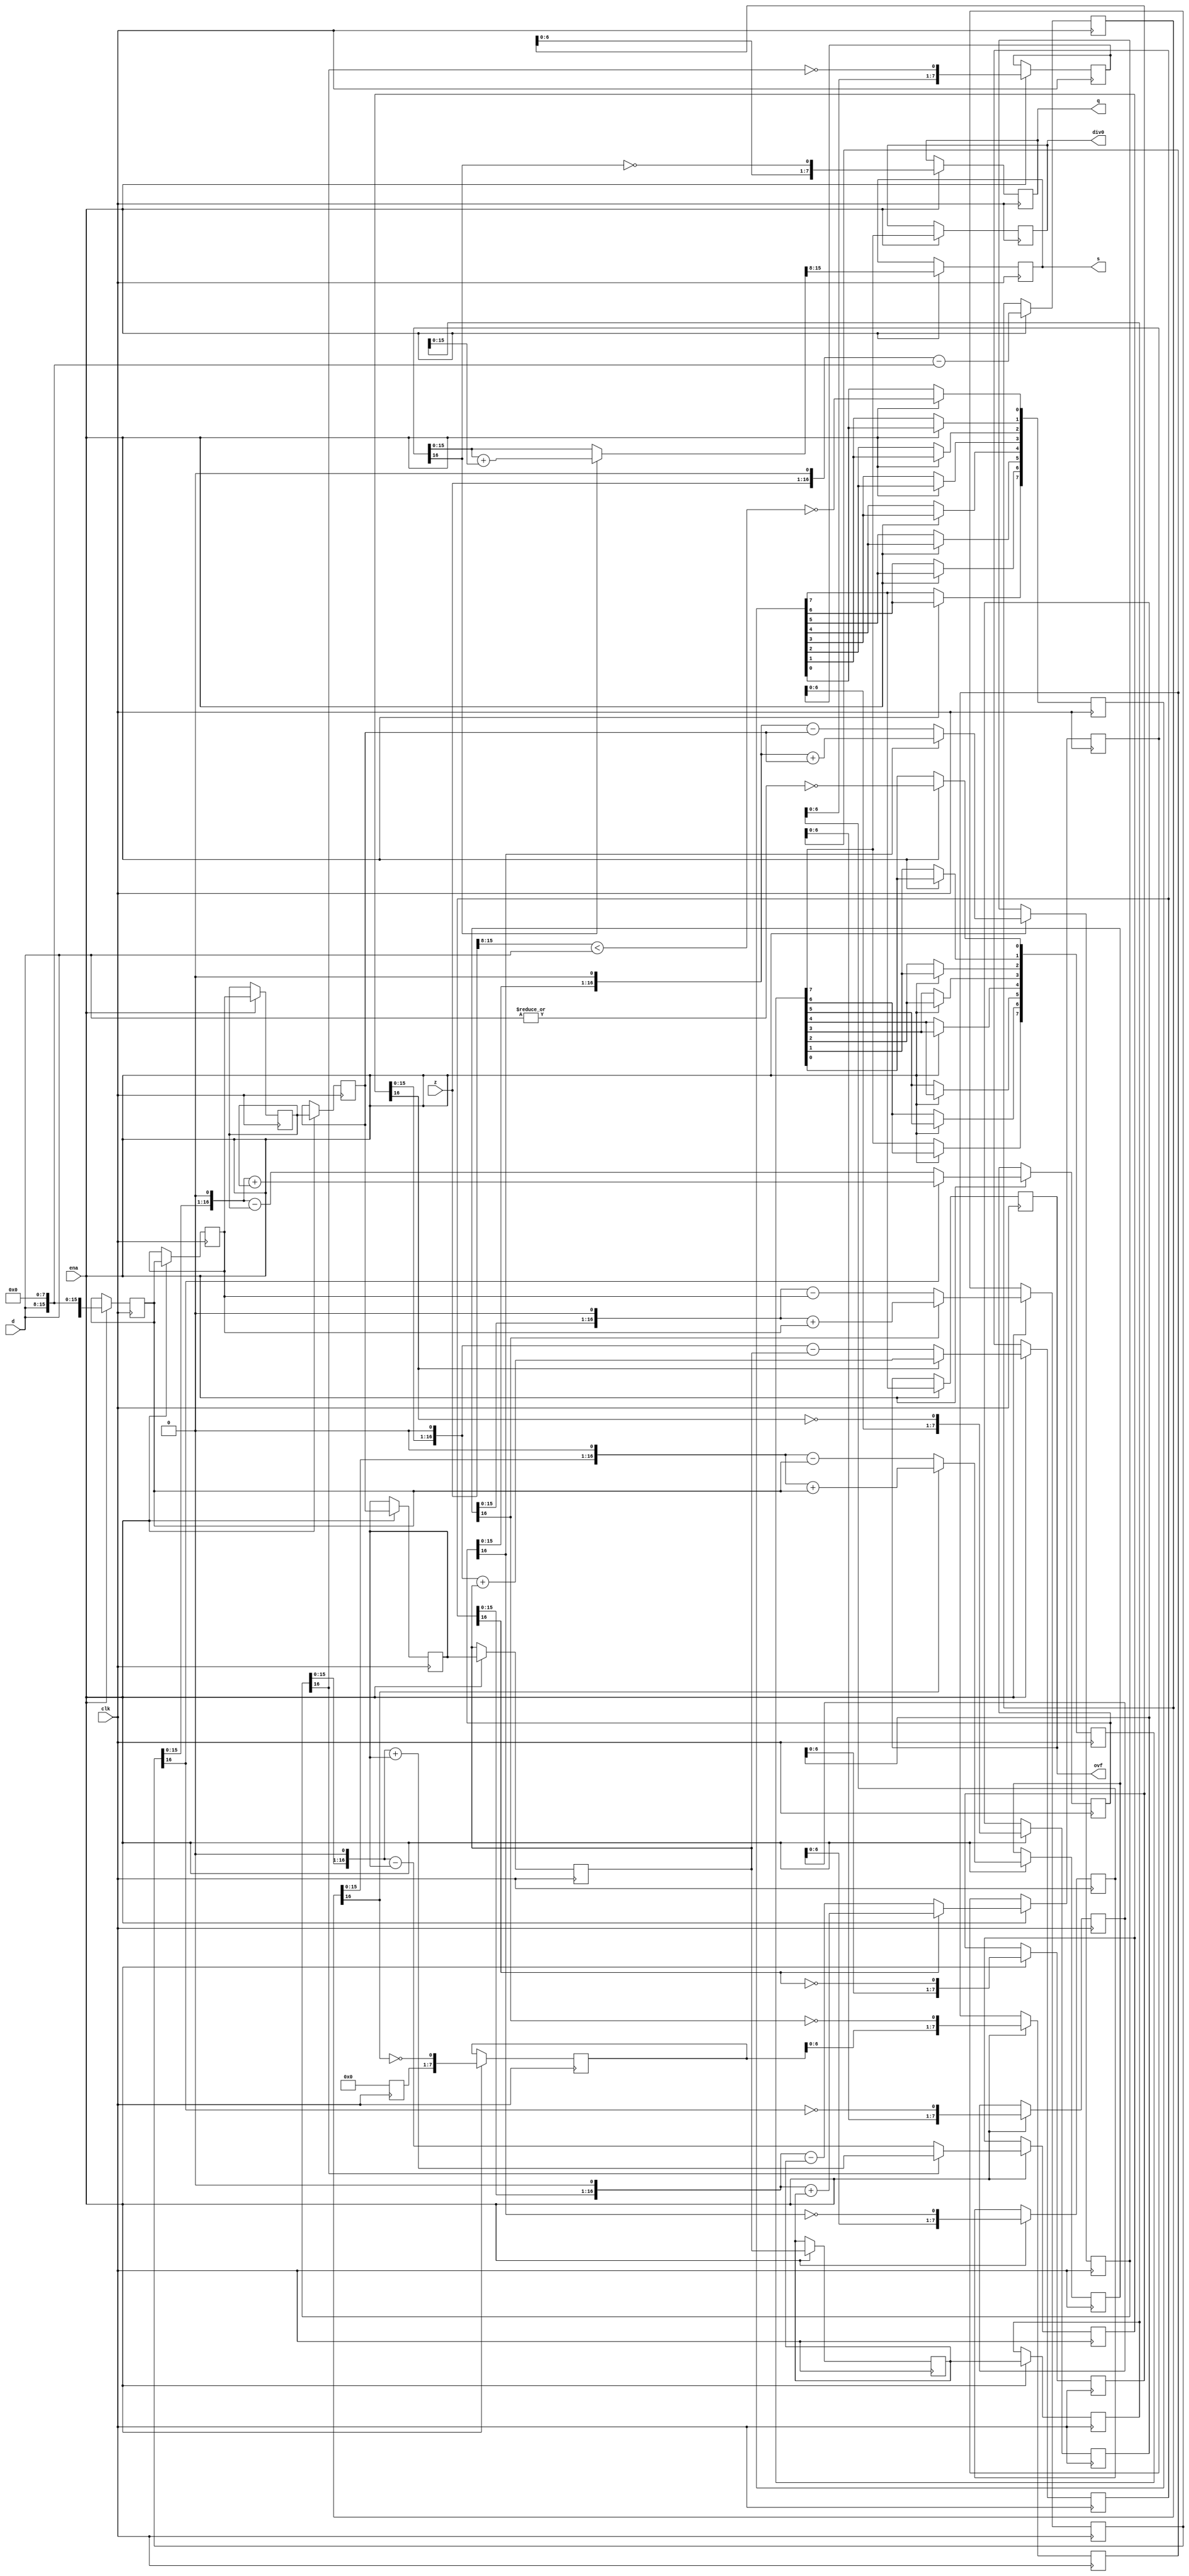
module zet_div_uu(clk, ena, z, d, q, s, div0, ovf);

	//
	// parameters
	//
	parameter z_width = 16;
	parameter d_width = z_width /2;
	
	//
	// inputs & outputs
	//
	input clk;               // system clock
	input ena;               // clock enable

	input  [z_width -1:0] z; // divident
	input  [d_width -1:0] d; // divisor
	output [d_width -1:0] q; // quotient
	output [d_width -1:0] s; // remainder
	output div0;
	output ovf;
	reg [d_width-1:0] q;
	reg [d_width-1:0] s;
	reg div0;
	reg ovf;

	//	
	// functions
	//
	function [z_width:0] gen_s;
		input [z_width:0] si;
		input [z_width:0] di;
	begin
	  if(si[z_width])
	    gen_s = {si[z_width-1:0], 1'b0} + di;
	  else
	    gen_s = {si[z_width-1:0], 1'b0} - di;
	end
	endfunction

	function [d_width-1:0] gen_q;
		input [d_width-1:0] qi;
		input [z_width:0] si;
	begin
	  gen_q = {qi[d_width-2:0], ~si[z_width]};
	end
	endfunction

	function [d_width-1:0] assign_s;
		input [z_width:0] si;
		input [z_width:0] di;
		reg [z_width:0] tmp;
	begin
	  if(si[z_width])
	    tmp = si + di;
	  else
	    tmp = si;

	  assign_s = tmp[z_width-1:z_width-d_width];
	end
	endfunction

	//
	// variables
	//
	reg [d_width-1:0] q_pipe  [d_width-1:0];
	reg [z_width:0] s_pipe  [d_width:0];
	reg [z_width:0] d_pipe  [d_width:0];

	reg [d_width:0] div0_pipe, ovf_pipe;
	//
	// perform parameter checks
	//
	// synopsys translate_off
	initial
	begin
	  if(d_width !== z_width / 2)
	    $display("div.v parameter error (d_width != z_width/2).");
	end
	// synopsys translate_on

	integer n0, n1, n2, n3;

	// generate divisor (d) pipe
	always @(d)
	  d_pipe[0] <= {1'b0, d, {(z_width-d_width){1'b0}} };

	always @(posedge clk)
	  if(ena)
	    for(n0=1; n0 <= d_width; n0=n0+1)
	       d_pipe[n0] <= d_pipe[n0-1];

	// generate internal remainder pipe
	always @(z)
	  s_pipe[0] <= z;

	always @(posedge clk)
	  if(ena)
	    for(n1=1; n1 <= d_width; n1=n1+1)
	       s_pipe[n1] <= gen_s(s_pipe[n1-1], d_pipe[n1-1]);

	// generate quotient pipe
	always @(posedge clk)
	  q_pipe[0] <= 0;

	always @(posedge clk)
	  if(ena)
	    for(n2=1; n2 < d_width; n2=n2+1)
	       q_pipe[n2] <= gen_q(q_pipe[n2-1], s_pipe[n2]);


	// flags (divide_by_zero, overflow)
	always @(z or d)
	begin
	  ovf_pipe[0]  <= !(z[z_width-1:d_width] < d);
	  div0_pipe[0] <= ~|d;
	end

	always @(posedge clk)
	  if(ena)
	    for(n3=1; n3 <= d_width; n3=n3+1)
	    begin
	        ovf_pipe[n3] <= ovf_pipe[n3-1];
	        div0_pipe[n3] <= div0_pipe[n3-1];
	    end

	// assign outputs
	always @(posedge clk)
	  if(ena)
	    ovf <= ovf_pipe[d_width];

	always @(posedge clk)
	  if(ena)
	    div0 <= div0_pipe[d_width];

	always @(posedge clk)
	  if(ena)
	    q <= gen_q(q_pipe[d_width-1], s_pipe[d_width]);

	always @(posedge clk)
	  if(ena)
	    s <= assign_s(s_pipe[d_width], d_pipe[d_width]);
endmodule